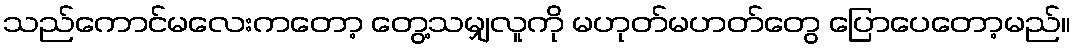
သည်ကောင်မလေးကတော့ တွေ့သမျှလူကို မဟုတ်မဟတ်တွေ ပြောပေတော့မည်။